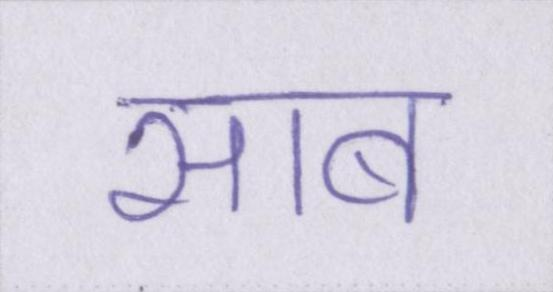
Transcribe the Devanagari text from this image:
साब